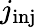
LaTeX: j_{\mathrm{inj}}